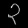
Digit: ၃